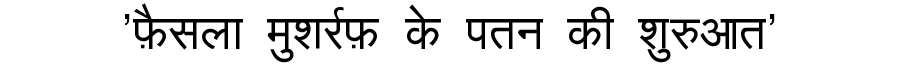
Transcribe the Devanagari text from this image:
'फ़ैसला मुशर्रफ़ के पतन की शुरुआत'